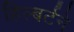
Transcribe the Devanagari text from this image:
हिल्बर्टने